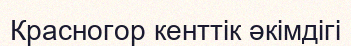
Красногор кенттік әкімдігі